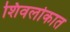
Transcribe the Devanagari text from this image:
शिवलोकात